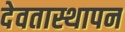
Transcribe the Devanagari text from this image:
देवतास्थापन